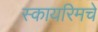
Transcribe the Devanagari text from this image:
स्कायरिमचे